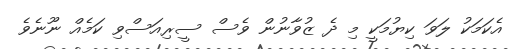
އެކަމަކު ލަވަ ކިޔުމަކީ މި ދެ ޒުވާނުން ވެސް ސީރިއަސްވި ކަމެއް ނޫނެވެ